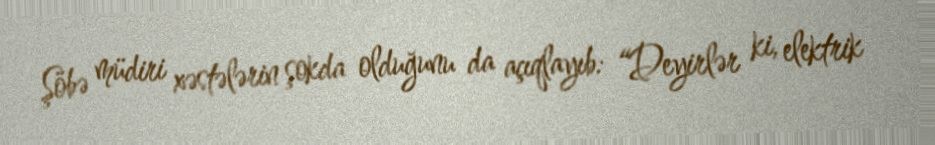
Şöbə müdiri xəstələrin şokda olduğunu da açıqlayıb: “Deyirlər ki, elektrik